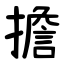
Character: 擔